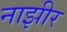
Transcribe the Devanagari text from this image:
नाझीर